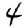
Digit: 4